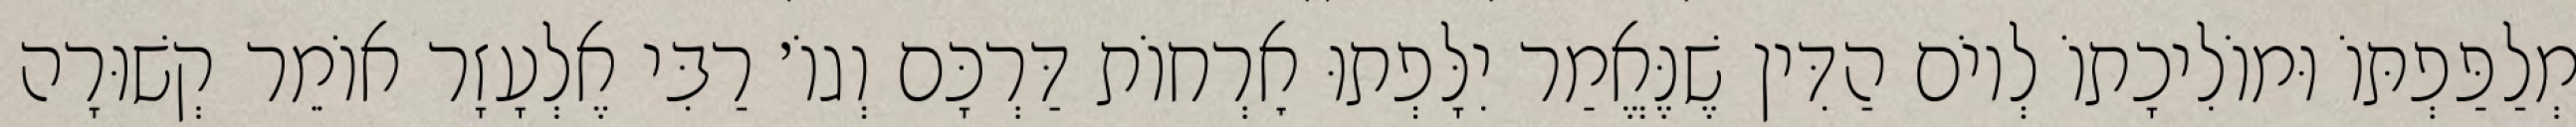
מְלַפַּפְתּוֹ וּמוֹלִיכָתוֹ לְיוֹם הַדִּין שֶׁנֶּאֱמַר יִלָּפְתוּ אׇרְחוֹת דַּרְכָּם וְגוֹ׳ רַבִּי אֶלְעָזָר אוֹמֵר קְשׁוּרָה